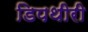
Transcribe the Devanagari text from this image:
डिपथीरी